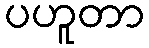
ပဟူတာ